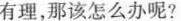
有理，那该怎么办呢?